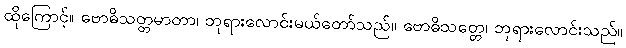
ထိုကြောင့်။ ဗောဓိသတ္တမာတာ၊ ဘုရားလောင်းမယ်တော်သည်။ ဗောဓိသတ္တေ၊ ဘုရားလောင်းသည်။